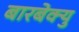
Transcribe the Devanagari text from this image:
बारबेक्यु